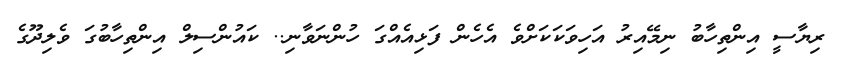
ރިޔާސީ އިންތިހާބު ނިމޭއިރު އަހިވަކަކަށްވެ އެހެން ފަޅިއެއްގަ ހުންނަވާނި.. ކައުންސިލް އިންތިހާބުގަ ވެލިދޫގެ